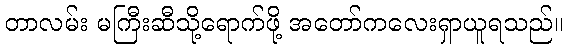
တာလမ်း မကြီးဆီသို့ရောက်ဖို့ အတော်ကလေးရှာယူရသည်။